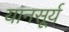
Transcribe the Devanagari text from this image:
यानसूर्य